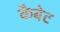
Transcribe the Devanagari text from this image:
कैबेट